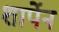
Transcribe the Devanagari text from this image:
शार्पेन